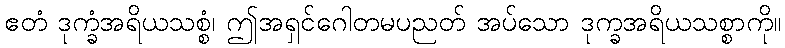
ဧတံ ဒုက္ခံအရိယသစ္စံ၊ ဤအရှင်ဂေါတမပညတ် အပ်သော ဒုက္ခအရိယသစ္စာကို။